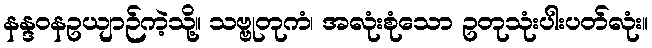
နန္ဒဝနဥယျာဉ်ကဲ့သို့။ သဗ္ဗုတုကံ၊ အလုံးစုံသော ဥတုသုံးပါးပတ်လုံး။